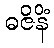
ဓဇိနိံ